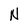
Character: N